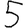
Digit: 5